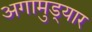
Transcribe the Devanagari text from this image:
अगामुड्यार